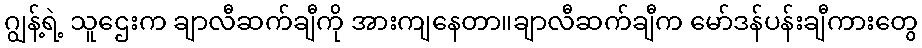
ဂျွန့်ရဲ့ သူဌေးက ချာလီဆက်ချီကို အားကျနေတာ။ချာလီဆက်ချီက မော်ဒန်ပန်းချီကားတွေ